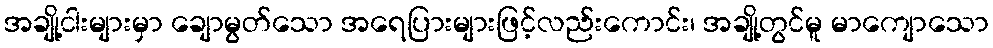
အချို့ငါးများမှာ ချောမွတ်သော အရေပြားများဖြင့်လည်းကောင်း၊ အချို့တွင်မူ မာကျောသော